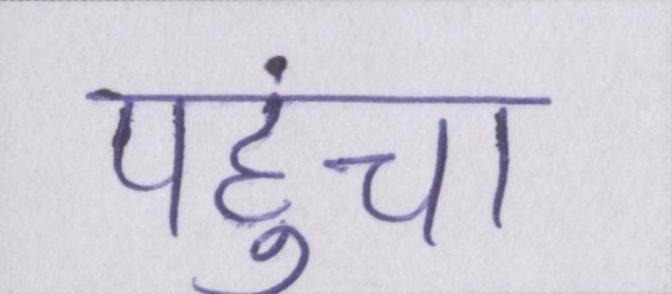
पहुंचा